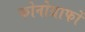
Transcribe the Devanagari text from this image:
फोनोग्राफों